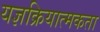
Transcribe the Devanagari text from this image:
यज्ञक्रियात्मकता